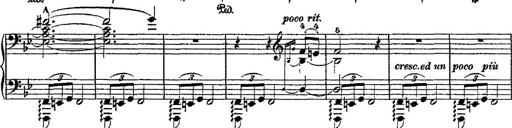
Title: Fantaisie romantique sur deux mÃ©lodies suisses
Composer: Franz Liszt